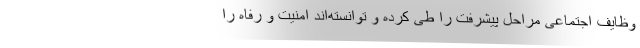
وظایف اجتماعی مراحل پیشرفت را طی کرده و توانسته‌اند امنیت و رفاه را